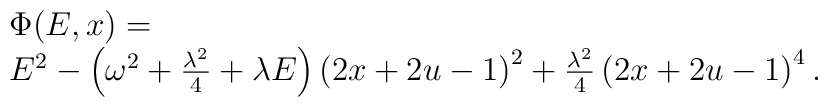
\begin{array}{rl}\ &\Phi(E,x)= \  \\ \ & E^2-\left( \omega^2 + \frac{\lambda^2}{4} + \lambda E \right)\left(2x+2u-1\right)^2 + \frac{\lambda^2}{4}\left( 2 x +2 u -1 \right)^4 .\end{array}